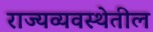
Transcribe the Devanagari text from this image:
राज्यव्यवस्थेतील